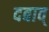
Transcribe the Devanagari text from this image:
दबाव्